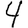
Digit: 4